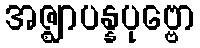
အဇ္ဈာပန္နပုဗ္ဗော